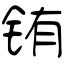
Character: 铕